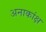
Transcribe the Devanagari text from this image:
अनाकांक्ष